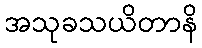
အသုခသယိတာနိ